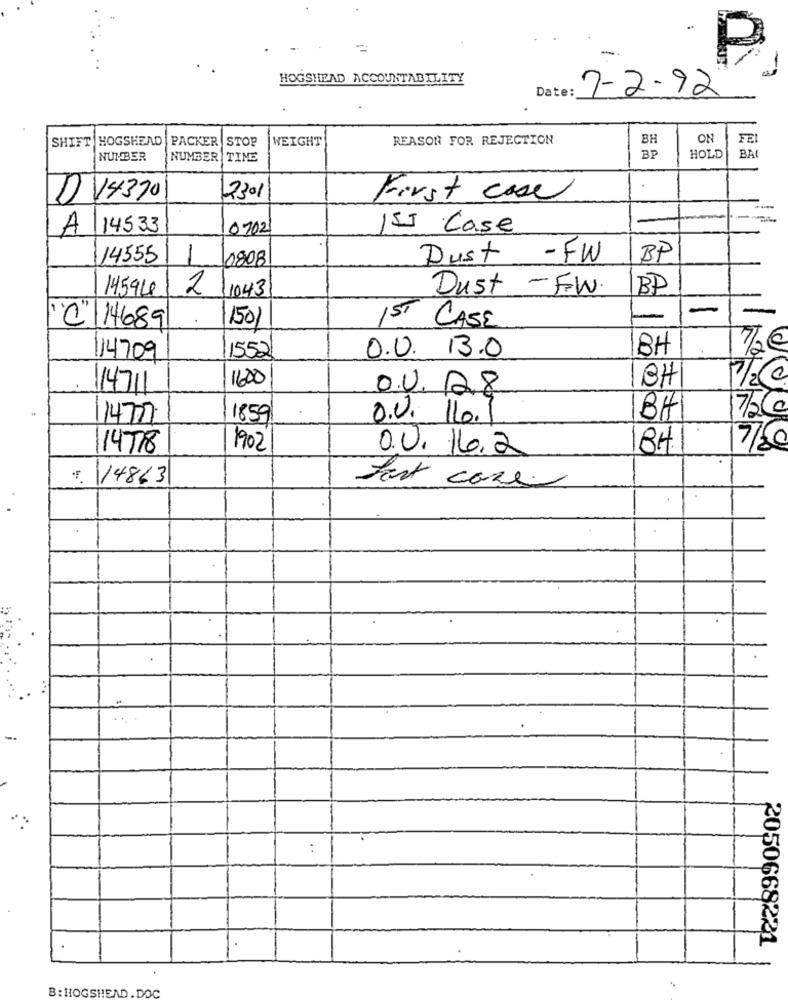
=
HOGSHEAD ACCOUNTABILITY
Date:
7-2-92
SHIFT HOGSHEAD |PACKER STOP
WEIGHT
REASON FOR REJECTION
BH
ON
FEI
BA
NUMBER
NUMBER TIME
BP
HOLD
DV4370
2301
First case
A
14533
0702
ISI Case
14555
1
0808
Dust -FW
BP
14594
2
1043
Dust - FW.
BP
1501
1ST
C/14689
CASE
0.0. 13.0
BH
72€
14709
1552
1600
BH
114711
O.V. 28
7/260
1477
1859
0.0. 11.1
BH
14718
1902
8H.
0.0. 16.2
F. 14863
fast cose
-
:
2050668221
B: HOGSHEAD. DOC